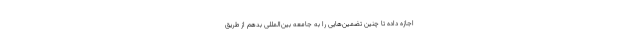
اجازه داده تا چنین تضمین‌هایی را به جامعه بین‌المللی بدهم از طریق